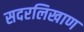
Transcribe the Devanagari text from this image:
सदरलिखाण